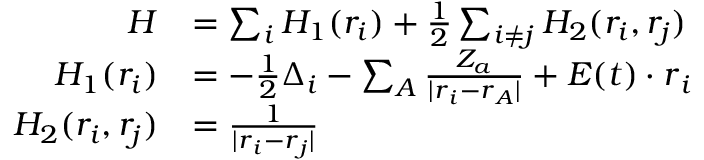
\begin{array} { r l } { H } & { = \sum _ { i } H _ { 1 } ( \boldsymbol { r _ { i } } ) + \frac { 1 } { 2 } \sum _ { i \neq j } H _ { 2 } ( \boldsymbol { r _ { i } } , \boldsymbol { r _ { j } } ) } \\ { H _ { 1 } ( \boldsymbol { r _ { i } } ) } & { = - \frac { 1 } { 2 } \Delta _ { i } - \sum _ { A } \frac { Z _ { a } } { | \boldsymbol { r } _ { i } - \boldsymbol { r } _ { A } | } + \boldsymbol { E } ( t ) \cdot \boldsymbol { r } _ { i } } \\ { H _ { 2 } ( \boldsymbol { r _ { i } } , \boldsymbol { r _ { j } } ) } & { = \frac { 1 } { | \boldsymbol { r } _ { i } - \boldsymbol { r } _ { j } | } } \end{array}